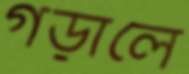
গড়ালে